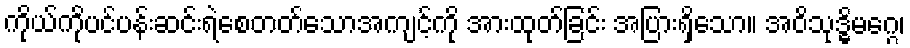
ကိုယ်ကိုပင်ပန်းဆင်းရဲစေတတ်သောအကျင့်ကို အားထုတ်ခြင်း အပြားရှိသော။ အဝိသုဒ္ဓိမဂ္ဂေ၊